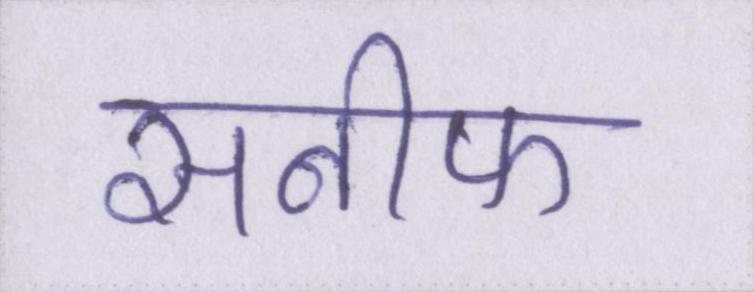
सनीफ